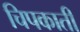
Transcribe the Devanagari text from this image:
चिपकाती